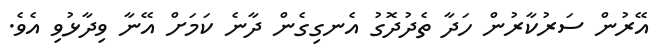
އޭރުން ސަރުކާރުން ހަދާ ތެދުދޮގު އެނގިގެން ދާނެ ކަމަށް އޭނާ ވިދާޅުވި އެވެ.